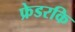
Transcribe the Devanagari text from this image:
फ्रेडरकि